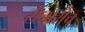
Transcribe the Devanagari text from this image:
सेजारीच